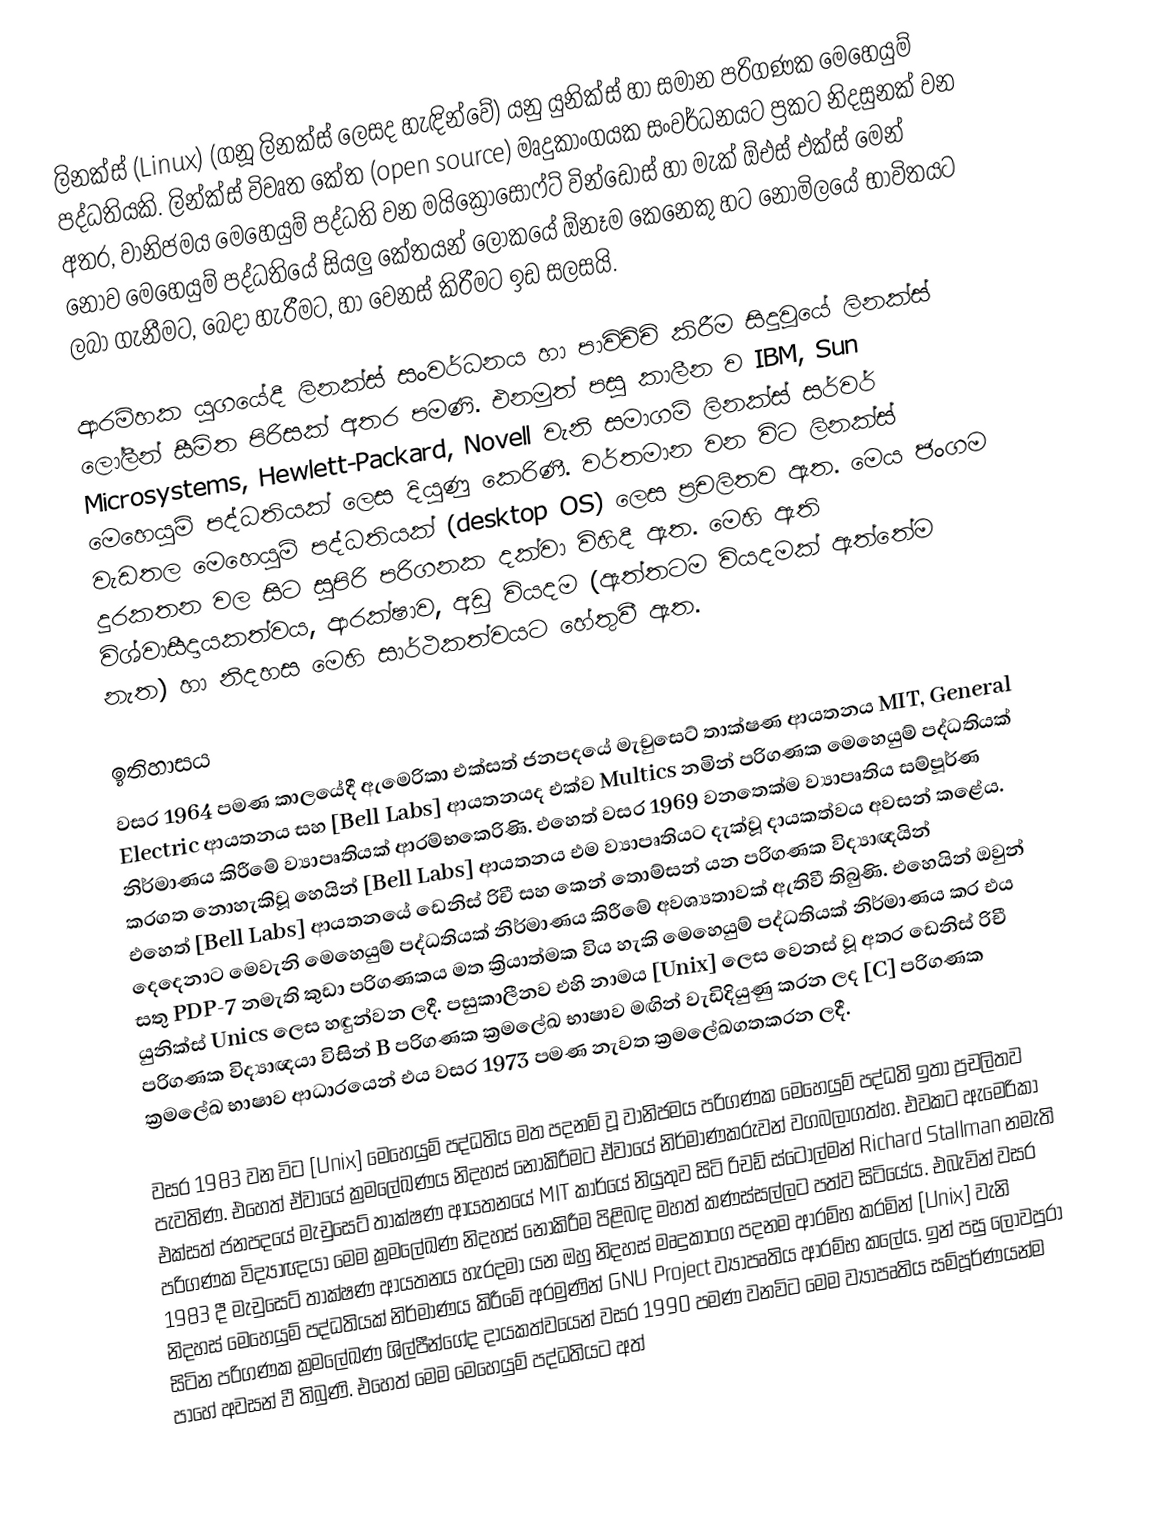
ලිනක්ස් (Linux) (ගනූ ලිනක්ස් ලෙසද හැඳින්වේ) යනු යුනික්ස් හා සමාන පරිගණක මෙහෙයුම් පද්ධතියකි. ලින්ක්ස් විවෘත කේත (open source) මෘදුකාංගයක සංවර්ධනයට ප්‍රකට නිදසුනක් වන අතර, වානිජමය මෙහෙයුම් පද්ධති වන මයික්‍රොසොෆ්ට් වින්ඩෝස් හා මැක් ඕඑස් එක්ස් මෙන් නොව මෙහෙයුම් පද්ධතියේ  සියලු කේතයන් ලෝකයේ ඕනෑම කෙනෙකු හට නොමිලයේ භාවිතයට ලබා ගැනීමට, බෙදා හැරීමට, හා වෙනස් කිරීමට ඉඩ සලසයි.

ආරම්හක යුගයේදී ලිනක්ස් සංවර්ධනය හා පාවිච්චි කිරීම සිදුවූයේ ලිනක්ස් ලෝලීන් සීමිත පිරිසක් අතර පමණි. එනමුත් පසු කාලීන ව IBM, Sun Microsystems, Hewlett-Packard,  Novell වැනි සමාගම් ලිනක්ස් සර්වර් මෙහෙයුම් පද්ධතියක් ලෙස දියුණු කෙරිණී. වර්තමාන වන විට ලිනක්ස් වැඩතල මෙහෙයුම් පද්ධතියක් (desktop OS) ලෙස ප්‍රචලිතව ඇත. මෙය ජංගම දුරකතන වල සිට සුපිරි පරිගනක දක්වා විහිදී ඇත. මෙහි ඇති විශ්වාසීදායකත්වය, ආරක්ෂාව, අඩු වියදම (ඇත්තටම වියදමක් ඇත්තේම නැත) හා නිදහස මෙහි සාර්ථකත්වයට හේතුවී ඇත.

ඉතිහාසය
වසර 1964 පමණ කාලයේදී ඇමෙරිකා එක්සත් ජනපදයේ මැචුසෙට් තාක්ෂණ ආයතනය MIT, General Electric ආයතනය සහ [Bell Labs] ආයතනයද එක්ව Multics නමින් පරිගණක මෙහෙයුම් පද්ධතියක් නිර්මාණය කිරීමේ ව්‍යාපෘතියක් ආරම්භකෙරිණි. එහෙත් වසර 1969 වනතෙක්ම ව්‍යාපෘතිය සම්පූර්ණ කරගත නොහැකිවූ හෙයින්  [Bell Labs] ආයතනය එම ව්‍යාපෘතියට දැක්වූ දායකත්වය අවසන් කළේය. එහෙත් [Bell Labs] ආයතනයේ ඩෙනිස් රිචී සහ කෙන් තොම්සන් යන පරිගණක විද්‍යාඥයින් දෙදෙනාට මෙවැනි මෙහෙයුම් පද්ධතියක් නිර්මාණය කිරීමේ අවශ්‍යතාවක් ඇතිවී තිබුණි. එහෙයින් ඔවුන් සතු PDP-7 නමැති කුඩා පරිගණකය මත ක්‍රියාත්මක විය හැකි මෙහෙයුම් පද්ධතියක් නිර්මාණය කර එය යුනික්ස් Unics ලෙස හඳුන්වන ලදී. පසුකාලීනව එහි නාමය [Unix] ලෙස වෙනස් වූ අතර ඩෙනිස් රිචී  පරිගණක විද්‍යාඥයා විසින් B පරිගණක ක්‍රමලේඛ භාෂාව මඟින් වැඩිදියුණු කරන ලද [C] පරිගණක ක්‍රමලේඛ භාෂාව ආධාරයෙන් එය වසර 1973 පමණ නැවත ක්‍රමලේඛගතකරන ලදී.

වසර 1983 වන විට [Unix] මෙහෙයුම් පද්ධතිය මත පදනම් වූ වානිජමය පරිගණක මෙහෙයුම් පද්ධති ඉතා ප්‍රචලිතව පැවතිණ. එහෙත් ඒවායේ ක්‍රමලේඛණය නිදහස් නොකිරීමට ඒවායේ නිර්මාණකරුවන් වගබලාගත්හ. එවකට ඇමෙරිකා එක්සත් ජනපදයේ මැචුසෙට් තාක්ෂණ ආයතන‍යේ MIT කාර්යේ නියුතුව සිටි රිචඩ් ස්ටෝල්මන් Richard Stallman නමැති පරිගණක විද්‍යාඥයා මෙම ක්‍රමලේඛණ නිදහස් නොකිරීම පිළිබඳ මහත් කණස්සල්ලට පත්ව සිටියේය. එබැවින් වසර 1983 දී මැචුසෙට් තාක්ෂණ ආයතන‍ය හැරදමා යන ඔහු නිදහස් මෘදුකාංග පදනම ආරම්භ කරමින් [Unix] වැනි නිදහස් මෙහෙයුම් පද්ධතියක් නිර්මාණය කිරීමේ අරමුණින් GNU Project ව්‍යාපෘතිය ආරම්භ කලේය. ඉන් පසු ලොවපුරා සිටින පරිගණක ක්‍රමලේඛණ ශිල්පීන්ගේද දායකත්වයෙන් වසර 1990 පමණ වනවිට මෙම ව්‍යාපෘතිය සම්පූර්ණයන්ම පාහේ අවසන් වී තිබුණි. එහෙත් මෙම මෙහෙයුම් පද්ධතියට අත්‍